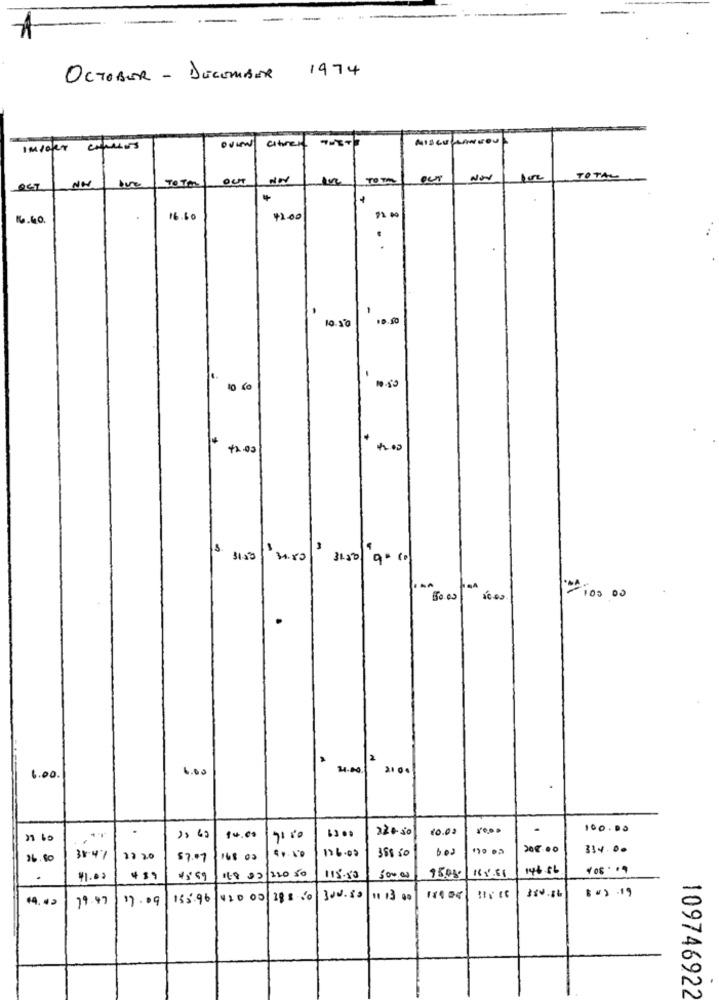
OCTOBER - DECEMBER 1974
citeren
IMPORT
NO
TO Tm
OUT
NN
our
TOTAL
16.60.
16.60
92.00
.
10.50
10.50
10.
10-50
10 50
+2.00
$153 34.80
31.50 9.10
100 00
50.00
2
6.00
14.80.
21 001
6.00.
220.50
10.00
100.00
38$ 50
334.00
26.80
384%
23 20
$7.07
118/02/120 50
146.86
.
$1.02
439
115.50
300,00
95.08
14.42
29.97
17.09
155.96
42000/188 0
300.80
11 13 .0
150.16
$=) -19
109746922